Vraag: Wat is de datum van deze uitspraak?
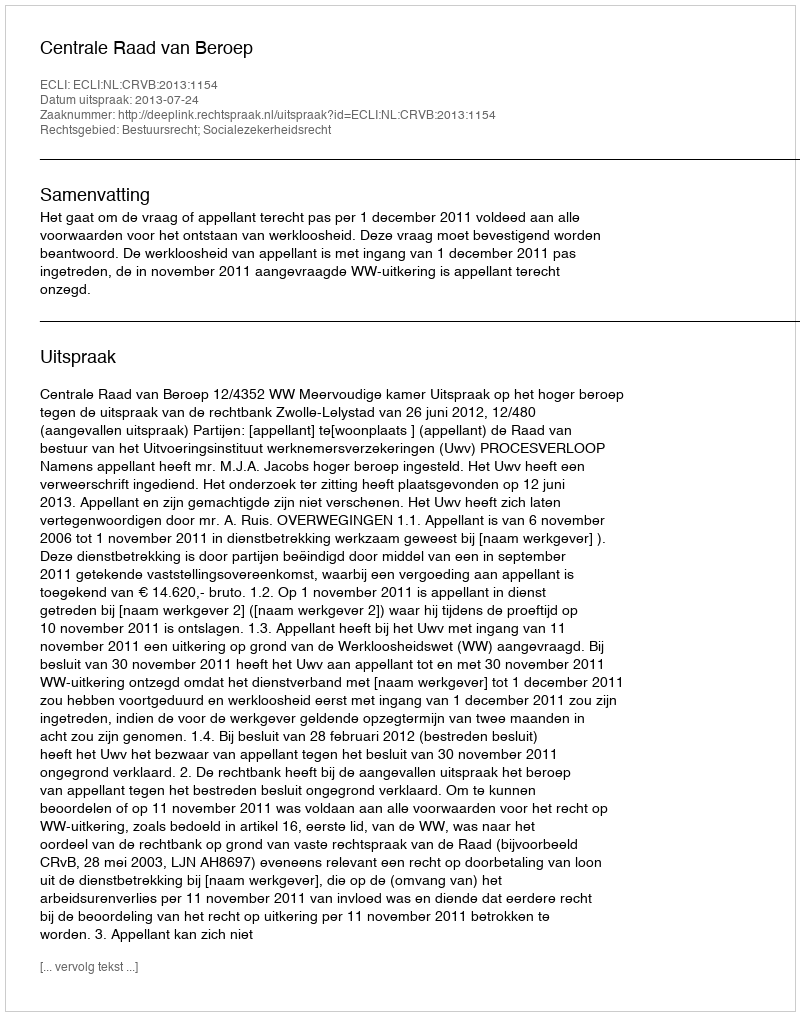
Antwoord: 2013-07-24